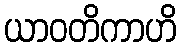
ယာဝတိကာဟိ